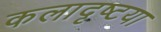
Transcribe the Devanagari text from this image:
कलादृष्टया